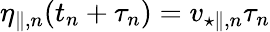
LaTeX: \eta_{\parallel,n}(t_{n}+\tau_{n})=v_{\star\parallel,n}\tau_{n}